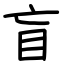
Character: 盲